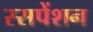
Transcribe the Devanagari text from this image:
स्सपेंशन